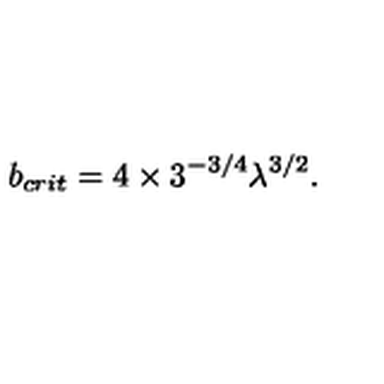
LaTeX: b _ { c r i t } = 4 \times 3 ^ { - 3 / 4 } \lambda ^ { 3 / 2 } .